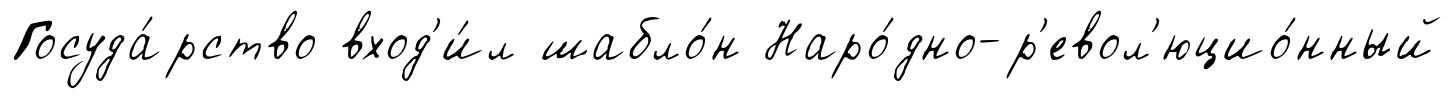
Госуда́рство вход'и́л шабло́н Наро́дно-р'евол'юцио́нный